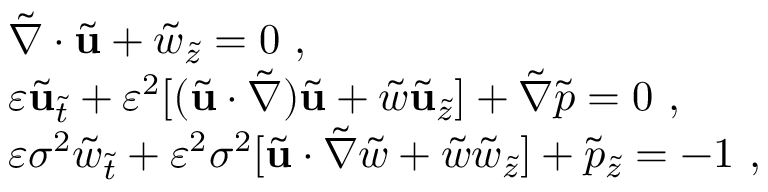
\begin{array} { r l } & { \tilde { \nabla } \cdot \tilde { \mathbf { u } } + \tilde { w } _ { \tilde { z } } = 0 \ , } \\ & { \varepsilon \tilde { \mathbf { u } } _ { \tilde { t } } + \varepsilon ^ { 2 } [ ( \tilde { \mathbf { u } } \cdot \tilde { \nabla } ) \tilde { \mathbf { u } } + \tilde { w } \tilde { \mathbf { u } } _ { \tilde { z } } ] + \tilde { \nabla } \tilde { p } = 0 \ , } \\ & { \varepsilon \sigma ^ { 2 } \tilde { w } _ { \tilde { t } } + \varepsilon ^ { 2 } \sigma ^ { 2 } [ \tilde { \mathbf { u } } \cdot \tilde { \nabla } \tilde { w } + \tilde { w } \tilde { w } _ { \tilde { z } } ] + \tilde { p } _ { \tilde { z } } = - 1 \ , } \end{array}